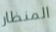
المنظار